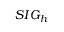
S I G _ { h }